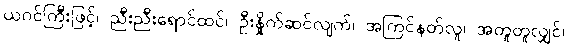
ယဂင်ကြီးဖြင့်၊ ညီးညီးရောင်ထင်၊ ဦးနှိုက်ဆင်လျက်၊ အကြင်နတ်လူ၊ အတူတူလျှင်၊